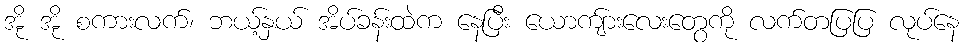
အို အို စကားလက်၊ ဘယ့်နှယ် အိပ်ခန်းထဲက နေပြီး ယောကျ်ားလေးတွေကို လက်တပြပြ လုပ်နေ